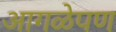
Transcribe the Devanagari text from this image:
आगळेपण